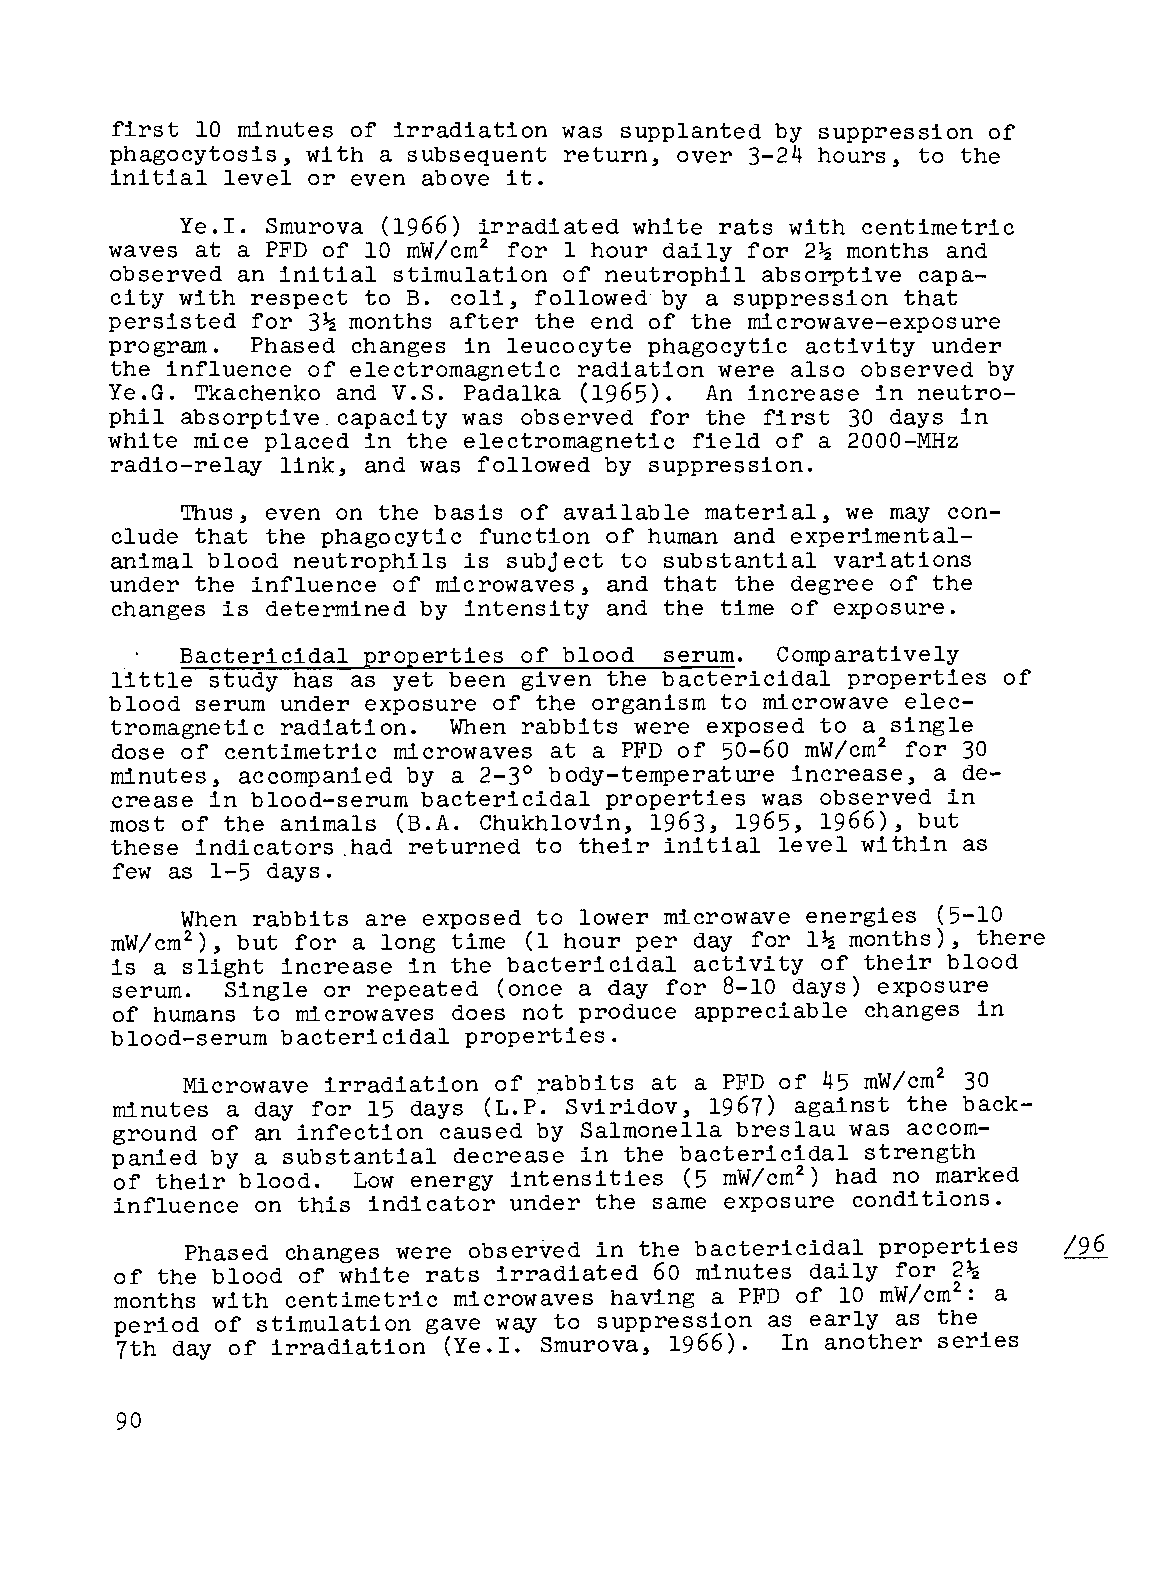
first 10 minutes of irradiation was supplanted by suppression of
 phagocytosis, with a subsequent return, over 3-24 hours, to the
 initial level or even above it.
 Ye.I. Smurova (1966) irradiated white rats with centimetric
 2
 waves at a PFD of 10 mW/cm for 1 hour daily for 2~ months and
 observed an initial stimulation of neutrophil absorptive capa
 city with respect to B. coli, followed by a suppression that
 persisted for 3~ months after the end of the microwave-exposure
 program.  Phased changes in leucocyte phagocytic activity under
 the influence of electromagnetic radiation were also observed by
 Ye.G. Tkachenko and V.S. Padalka (1965). An increase in neutro
 phil absorptive. capacity was observed for the first 30 days in
 white mice placed in the electromagnetic field of a 2000-MHz
 radio-relay link, and was followed by suppression.
 Thus, even on the basis of available material, we may con
 clude that the phagocytic function of human and experimental
 animal blood neutrophils is subject to substantial variations
 under the influence of microwaves, and that the degree of the
 changes is determined by intensity and the time of exposure.
 Bactericidal properties of blood serum. Comparatively
 little study has as yet been given the bactericidal properties of
 blood serum under exposure of the organism to microwave elec
 tromagnetic radiation. When rabbits were exposed to a single
 2
 dose of centimetric microwaves at a PFD of 50-60 mW/cm for 30
 minutes, accompanied by a 2-30 body-temperature increase, a de
 crease in blood-serum bactericidal properties was observed in
 most of the animals (B.A. Chukhlovin, 1963, 1965, 1966), but
 these indicators.had returned to their initial level within as
 few as 1-5 days.
 When rabbits are exposed to lower microwave energies (5-10
 2
 mW/cm ), but for a long time (1 hour per day for l~ months), there
 is a slight increase in the bactericidal activity of their blood
 serum.  Single or repeated (once a day for 8-10 days) exposure
 of humans to microwaves does not produce appreciable changes in
 blood-serum bactericidal properties.
 2
 Microwave irradiation of rabbits at a PFD of 45 mW/cm 30
 minutes a day for 15 days (L.P. Sviridov, 1967) against the back
 ground of an infection caused by Salmonella breslau was accom
 panied by a substantial decrease in the bactericidal strength
 of their blood. Low energy intensities (5 mW/cm2) had no marked
 influence on this indicator under the same exposure conditions.
 Phased changes were observed in the bactericidal properties /96
 of the blood of white rats irradiated 60 minutes daily for 2~
 2
 months with centimetric microwaves having a PFD of 10 mW/cm : a
 period of stimulation gave way to suppression as early as the
 7th day of irradiation (Ye.I. Smurova, 1966). In another series
 90